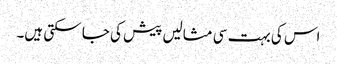
اس کی بہت سی مثالیں پیش کی جا سکتی ہیں۔